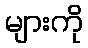
များကို